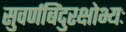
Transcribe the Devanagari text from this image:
सुवर्णबिंदुरक्षोभ्यः